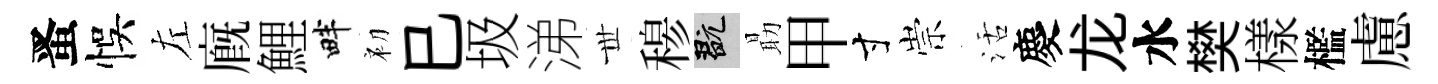
󱉠悞左廐鯉畔初巳圾涕𠀍𥠇玩朂甲寸崇活慶龙水樊樣檻慮